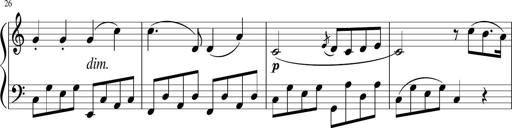
Title: 3 Sonatinen
Composer: Heinrich Lichner